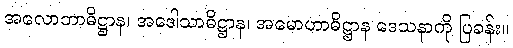
အလောဘာဓိဋ္ဌာန၊ အဒေါသာဓိဋ္ဌာန၊ အမောဟာဓိဋ္ဌာန ဒေသနာကို ပြခန်း။